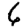
Digit: 6